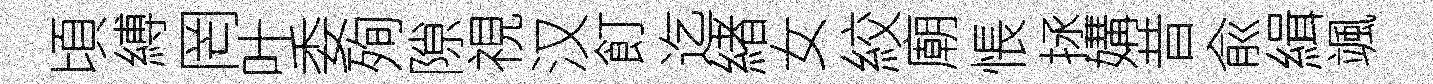
頃縛罔叶委殉隙視汉飣迄緖女絞廟悵拯媾昔兪緝颯